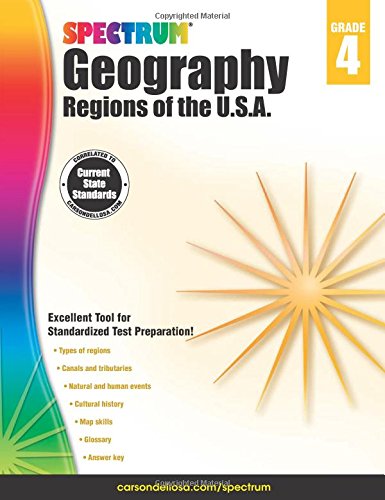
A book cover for Spectrum Geography, Grade 4: Regions of the U.S.A.; Science & Math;